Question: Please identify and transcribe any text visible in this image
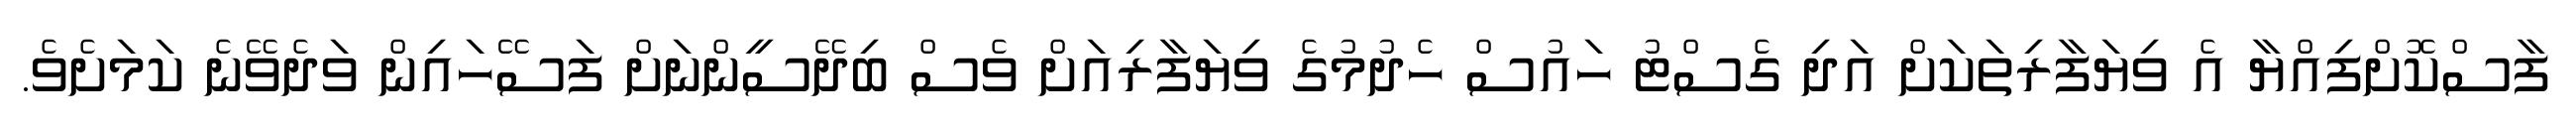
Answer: ފާސްކޮށްފިއްޔާ އެ ވިޔަފާރިތަކަށް އަދި ގެސްޓު ހައުސް ހެދުމުގެ ވިޔަފާރިއަށް ވެސް ބިދޭސީންނަށް ފަސޭހައިން ވަދެވޭނެ ކަމަށެވެ.